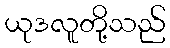
ယုဒလူတို့သည်